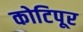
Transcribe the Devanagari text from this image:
कोटिपूर